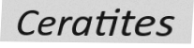
Ceratites